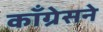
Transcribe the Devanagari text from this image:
कॉँग्रेसने